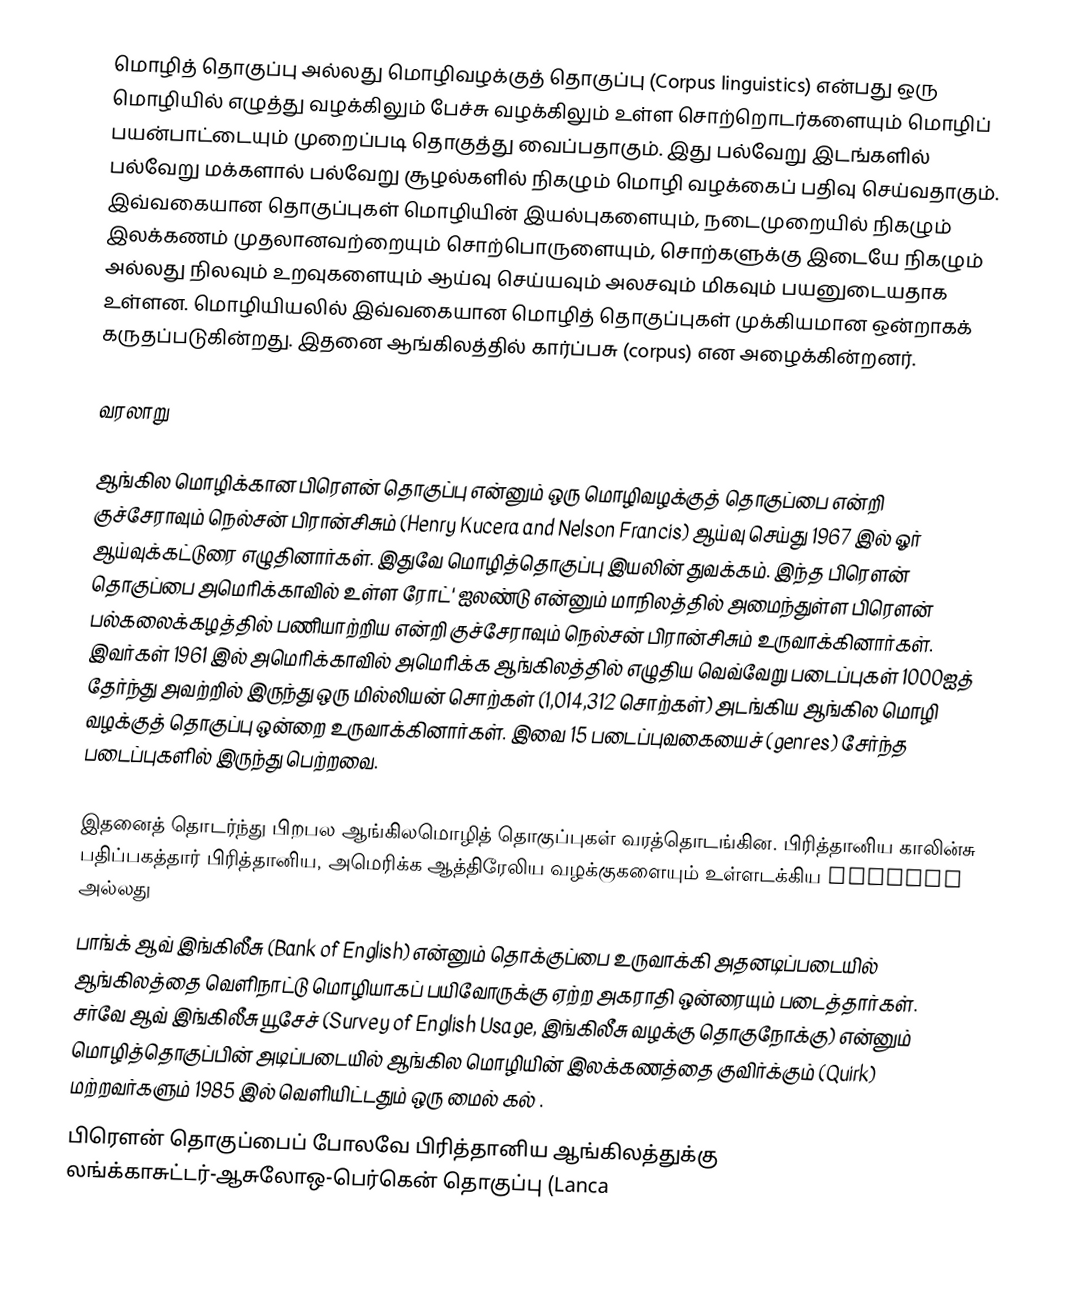
மொழித் தொகுப்பு அல்லது மொழிவழக்குத் தொகுப்பு (Corpus linguistics) என்பது ஒரு மொழியில் எழுத்து வழக்கிலும் பேச்சு வழக்கிலும் உள்ள சொற்றொடர்களையும் மொழிப் பயன்பாட்டையும் முறைப்படி தொகுத்து வைப்பதாகும். இது பல்வேறு இடங்களில் பல்வேறு மக்களால் பல்வேறு சூழல்களில் நிகழும் மொழி வழக்கைப் பதிவு செய்வதாகும். இவ்வகையான தொகுப்புகள் மொழியின் இயல்புகளையும், நடைமுறையில் நிகழும் இலக்கணம் முதலானவற்றையும் சொற்பொருளையும், சொற்களுக்கு இடையே நிகழும் அல்லது நிலவும் உறவுகளையும் ஆய்வு செய்யவும் அலசவும் மிகவும் பயனுடையதாக உள்ளன. மொழியியலில் இவ்வகையான மொழித் தொகுப்புகள் முக்கியமான ஒன்றாகக் கருதப்படுகின்றது. இதனை ஆங்கிலத்தில் கார்ப்பசு (corpus) என அழைக்கின்றனர்.

வரலாறு

ஆங்கில மொழிக்கான பிரௌன் தொகுப்பு என்னும் ஒரு மொழிவழக்குத் தொகுப்பை என்றி குச்சேராவும் நெல்சன் பிரான்சிசும் (Henry Kucera and Nelson Francis) ஆய்வு செய்து 1967 இல் ஓர் ஆய்வுக்கட்டுரை எழுதினார்கள். இதுவே மொழித்தொகுப்பு இயலின் துவக்கம். இந்த பிரௌன் தொகுப்பை அமெரிக்காவில் உள்ள ரோட்' ஐலண்டு என்னும் மாநிலத்தில் அமைந்துள்ள பிரௌன் பல்கலைக்கழத்தில் பணியாற்றிய என்றி குச்சேராவும் நெல்சன் பிரான்சிசும் உருவாக்கினார்கள். இவர்கள் 1961 இல் அமெரிக்காவில் அமெரிக்க ஆங்கிலத்தில் எழுதிய வெவ்வேறு படைப்புகள் 1000ஐத் தேர்ந்து அவற்றில் இருந்து ஒரு மில்லியன் சொற்கள் (1,014,312 சொற்கள்) அடங்கிய ஆங்கில மொழி வழக்குத் தொகுப்பு ஒன்றை  உருவாக்கினார்கள். இவை 15 படைப்புவகையைச் (genres) சேர்ந்த படைப்புகளில் இருந்து பெற்றவை.

இதனைத் தொடர்ந்து பிறபல ஆங்கிலமொழித் தொகுப்புகள் வரத்தொடங்கின. பிரித்தானிய காலின்சு பதிப்பகத்தார் பிரித்தானிய, அமெரிக்க ஆத்திரேலிய வழக்குகளையும் உள்ளடக்கிய COBUILD அல்லது
பாங்க் ஆவ் இங்கிலீசு (Bank of English) என்னும் தொக்குப்பை உருவாக்கி அதனடிப்படையில் ஆங்கிலத்தை வெளிநாட்டு மொழியாகப் பயிவோருக்கு ஏற்ற அகராதி ஒன்ரையும் படைத்தார்கள். சர்வே ஆவ் இங்கிலீசு யூசேச் (Survey of English Usage, இங்கிலீசு வழக்கு தொகுநோக்கு) என்னும் மொழித்தொகுப்பின் அடிப்படையில் ஆங்கில மொழியின் இலக்கணத்தை குவிர்க்கும் (Quirk) மற்றவர்களும் 1985 இல் வெளியிட்டதும் ஒரு மைல் கல் .
பிரௌன் தொகுப்பைப் போலவே பிரித்தானிய ஆங்கிலத்துக்கு லங்க்காசுட்டர்-ஆசுலோஒ-பெர்கென் தொகுப்பு (Lanca